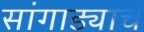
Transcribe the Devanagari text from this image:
सांगाड्याचे